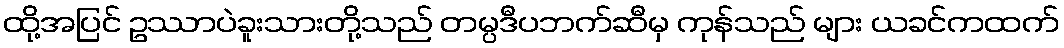
ထို့အပြင် ဥဿာပဲခူးသားတို့သည် တမ္ပဒီပဘက်ဆီမှ ကုန်သည် များ ယခင်ကထက်